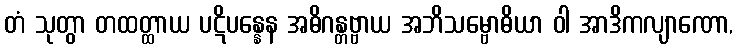
တံ သုတွာ တထတ္ထာယ ပဋိပန္နေန အဓိဂန္တဗ္ဗာယ အဘိသမ္ဗောဓိယာ ဝါ အာဒိကလျာဏော,